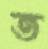
ত